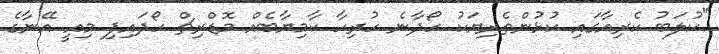
"ކުލަބު ކެރިއާގައި ކުޅުންތެރިޔަކު ހޯދާނެ ހުރިހާ ކާމިޔާބެއް މޮޑްރިޗް ހޯދައިފި މިއީ އޭނާގެ